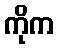
ကိုက